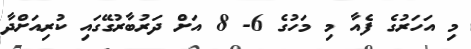
މި އަހަރުގެ ފެއާ މި މަހުގެ 6- 8 އަށް ދަރުބާރުގޭގައި ކުރިއަށްދާ